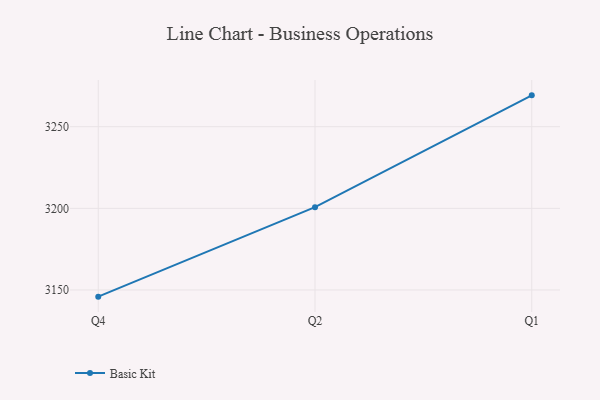
{"axis": {"x": "Quarter", "y": "Tickets Resolved"}, "legend": ["Basic Kit"], "data": [{"x": "Q4", "y": 3145.9, "type": "Basic Kit"}, {"x": "Q2", "y": 3200.7, "type": "Basic Kit"}, {"x": "Q1", "y": 3269.2, "type": "Basic Kit"}]}